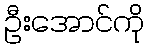
ဦးအောင်ကို